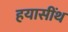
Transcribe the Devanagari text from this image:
हयासींथ